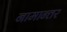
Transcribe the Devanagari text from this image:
नामान्तर